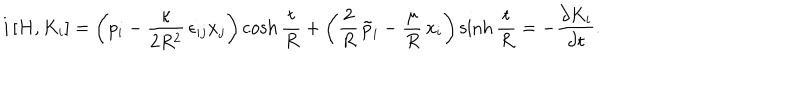
i \, [ H , K _ { i } ] = \left( p _ { i } - \frac { \kappa } { 2 R ^ { 2 } } \, \epsilon _ { i j } x _ { j } \right) \cosh \frac { t } { R } + \left( \frac { 2 } { R } \, \tilde { p } _ { i } - \frac { \mu } { R } \, x _ { i } \right) \sinh \frac { t } { R } = - \frac { \partial K _ { i } } { \partial t } .